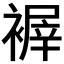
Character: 𧛺